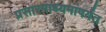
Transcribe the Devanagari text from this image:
प्रसारमाध्यमांपर्यंत